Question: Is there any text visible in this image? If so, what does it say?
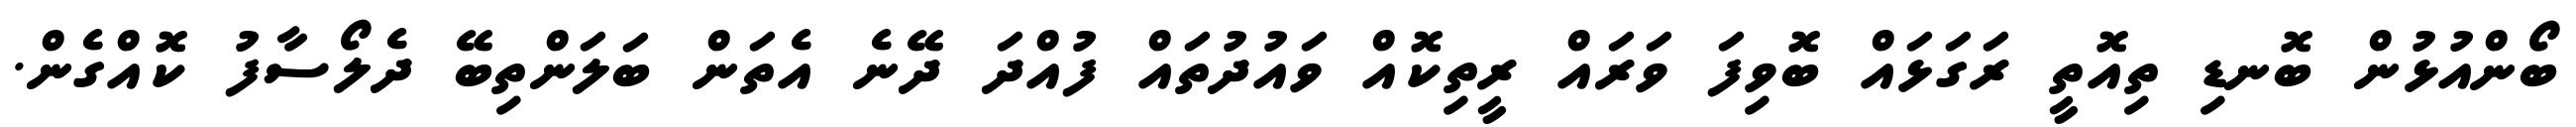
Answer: ބޯންއުޅުން ބޮނޑި ތިއޮތީ ރަގަޅައް ބޮވިފަ ވަރައް ރީތިކޮއް ވައުދުތައް ފުއްދަ ދޭނެ އެތަން ބަލަންތިބޭ ދެލޯސާފު ކޮއްގެން.